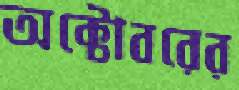
অক্টোবরের